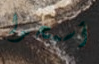
أسمحوا